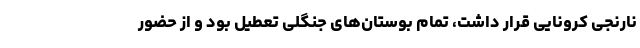
نارنجی کرونایی قرار داشت، تمام بوستان‌های جنگلی تعطیل بود و از حضور